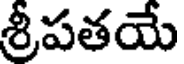
శ్రీపతయే